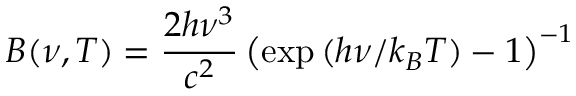
B ( \nu , T ) = \frac { 2 h \nu ^ { 3 } } { c ^ { 2 } } \left( \exp { ( h \nu / k _ { B } T ) } - 1 \right) ^ { - 1 }